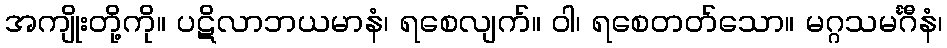
အကျိုးတို့ကို။ ပဋိလာဘယမာနံ၊ ရစေလျက်။ ဝါ၊ ရစေတတ်သော။ မဂ္ဂသမင်္ဂီနံ၊